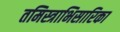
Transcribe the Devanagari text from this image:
तमिस्त्राभिसारिका